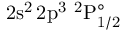
\mathrm { 2 s ^ { 2 } \, 2 p ^ { 3 } ~ ^ { 2 } P _ { 1 / 2 } ^ { \circ } }